Annual report of the Imperial Bacteriologist
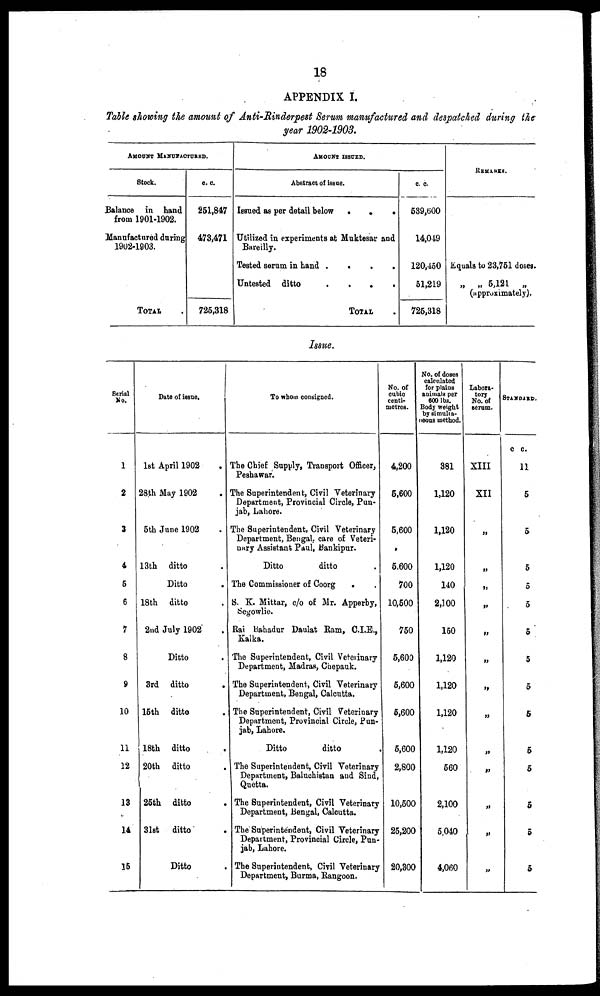
18
APPENDIX I.
Table showing the amount of Anti-Rinderpest Serum manufactured and despatched during the
year 1902-1903.
AMOUNT MANUFACTURED.
Stock.
Balance in hand
from 1901-1902.
Manufactured during
1902-1903.
TOTAL
c. c.
251,847
473,471
725,318
AMOUNT ISSUED.
Abstract of issue.
Issued as per detail below .
.
.
Utilized in experiments at Muktesar and
Bareilly.
Tested serum in hand
. . . .
Untested ditto
.
.
.
.
TOTAL
c. c.
539,600
14,049
120,450
51,219
725,318
REMARKS.
Equals to 23,751 doses.
„ „ 5,121 „
(approximately).
Issue.
Serial
No.
1
2
3
4
5
6
7
8
9
10
11
12
13
14
15
Date of issue.
1st April 1902 .
28th May 1902 .
5th June 1902 .
13th ditto .
Ditto .
18th ditto .
2nd July 1902 .
Ditto .
3rd ditto .
15th ditto .
18th ditto .
20th ditto .
25th ditto .
31st ditto .
Ditto .
To whom consigned.
The Chief Supply, Transport Officer,
Peshawar.
The Superintendent, Civil Veterinary
Department, Provincial Circle, Pun-
jab, Lahore.
The Superintendent, Civil Veterinary
Department, Bengal, care of Veteri-
nary Assistant Paul, Bankipur.
Ditto
ditto .
The Commissioner of Coorg
. .
S. K. Mittar, c/o of Mr. Apperby,
Segowlie.
Rai Bahadur Daulat Ram, C.I.E.,
Kalka.
The Superintendent, Civil Veterinary
Department, Madras, Chepauk.
The Superintendent, Civil Veterinary
Department, Bengal, Calcutta.
The Superintendent, Civil Veterinary
Department, Provincial Circle, Pun-
jab, Lahore.
Ditto
ditto .
The Superintendent, Civil Veterinary
Department, Baluchistan and Sind,
Quetta.
The Superintendent, Civil Veterinary
Department, Bengal, Calcutta.
The Superintendent, Civil Veterinary
Department, Provincial Circle, Pun-
jab, Lahore.
The Superintendent, Civil Veterinary
Department, Burma, Rangoon.
No. of
cubic
centi-
metres.
4,200
5,600
5,600
5,600
700
10,500
750
5,600
5,600
5,600
5,600
2,800
10,500
25,200
20,300
No. of doses
calculated
for plains
animals per
600 lbs.
Body weight
by simulta¬
neous method.
381
1,120
1,120
1,120
140
2,100
150
1,120
1,120
1,120
1,120
560
2,100
5,040
4,060
Labora-
tory
No. of
serum.
XIII
XII
„
„
„
„
„
„
„
„
„
„
„
„
„
STANDARD.
c c.
11
5
5
5
5
5
5
5
5
5
5
5
5
5
5